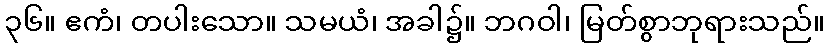
၃၆။ ဧကံ၊ တပါးသော။ သမယံ၊ အခါ၌။ ဘဂဝါ၊ မြတ်စွာဘုရားသည်။